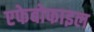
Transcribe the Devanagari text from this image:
एफेबोफाइल